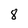
Character: 8